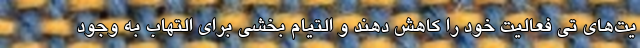
یت‌های تی فعالیت خود را کاهش دهند و التیام بخشی برای التهاب به وجود